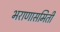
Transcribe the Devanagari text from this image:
भराणासमिती